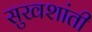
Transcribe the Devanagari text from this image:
सुखशांती